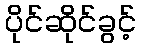
ပိုင်ဆိုင်ခွင့်